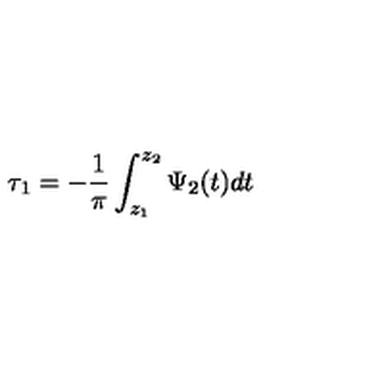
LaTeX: \tau _ { 1 } = - \frac { 1 } { \pi } \int _ { z _ { 1 } } ^ { z _ { 2 } } \Psi _ { 2 } ( t ) d t